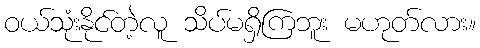
ဝယ်သုံးနိုင်တဲ့လူ သိပ်မရှိကြဘူး မဟုတ်လား။